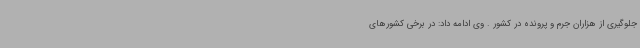
جلوگیری از هزاران جرم و پرونده در کشور . وی ادامه داد: در برخی کشورهای